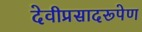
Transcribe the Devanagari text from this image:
देवीप्रसादरूपेण